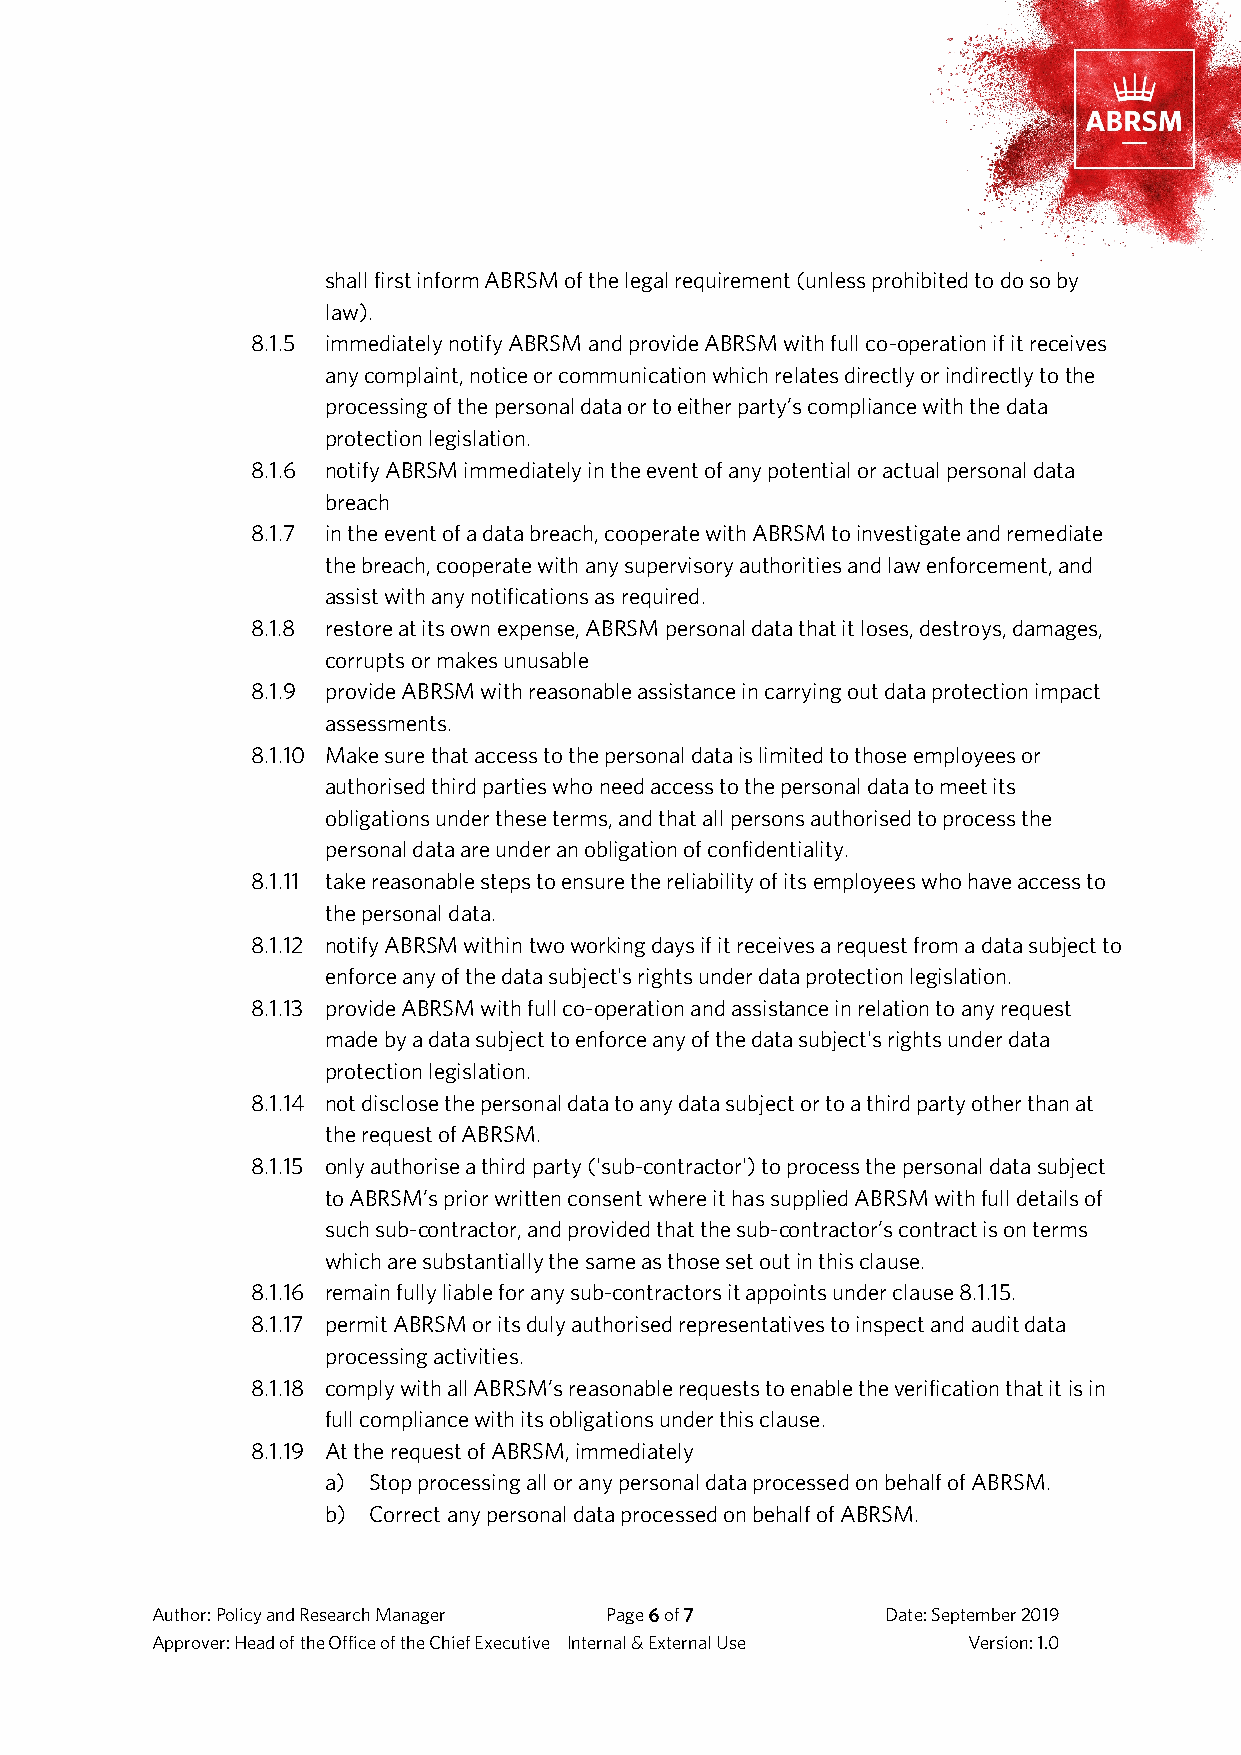
shall first inform ABRSM of the legal requirement (unless prohibited to do so by
 law).
 8.1.5 immediately notify ABRSM and provide ABRSM with full co-operation if it receives
 any complaint, notice or communication which relates directly or indirectly to the
 processing of the personal data or to either party’s compliance with the data
 protection legislation.
 8.1.6 notify ABRSM immediately in the event of any potential or actual personal data
 breach
 8.1.7 in the event of a data breach, cooperate with ABRSM to investigate and remediate
 the breach, cooperate with any supervisory authorities and law enforcement, and
 assist with any notifications as required.
 8.1.8 restore at its own expense, ABRSM personal data that it loses, destroys, damages,
 corrupts or makes unusable
 8.1.9 provide ABRSM with reasonable assistance in carrying out data protection impact
 assessments.
 8.1.10 Make sure that access to the personal data is limited to those employees or
 authorised third parties who need access to the personal data to meet its
 obligations under these terms, and that all persons authorised to process the
 personal data are under an obligation of confidentiality.
 8.1.11 take reasonable steps to ensure the reliability of its employees who have access to
 the personal data.
 8.1.12 notify ABRSM within two working days if it receives a request from a data subject to
 enforce any of the data subject's rights under data protection legislation.
 8.1.13 provide ABRSM with full co-operation and assistance in relation to any request
 made by a data subject to enforce any of the data subject's rights under data
 protection legislation.
 8.1.14 not disclose the personal data to any data subject or to a third party other than at
 the request of ABRSM.
 8.1.15 only authorise a third party ('sub-contractor') to process the personal data subject
 to ABRSM’s prior written consent where it has supplied ABRSM with full details of
 such sub-contractor, and provided that the sub-contractor’s contract is on terms
 which are substantially the same as those set out in this clause.
 8.1.16 remain fully liable for any sub-contractors it appoints under clause 8.1.15.
 8.1.17 permit ABRSM or its duly authorised representatives to inspect and audit data
 processing activities.
 8.1.18 comply with all ABRSM’s reasonable requests to enable the verification that it is in
 full compliance with its obligations under this clause.
 8.1.19 At the request of ABRSM, immediately
 a) Stop processing all or any personal data processed on behalf of ABRSM.
 b) Correct any personal data processed on behalf of ABRSM.
 Author: Policy and Research Manager Page 6 of 7  Date: September 2019
 Approver: Head of the Office of the Chief Executive Internal & External Use Version: 1.0